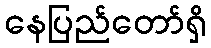
နေပြည်တော်ရှိ